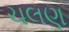
ચલણ